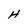
Character: H